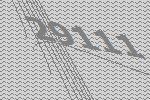
29111